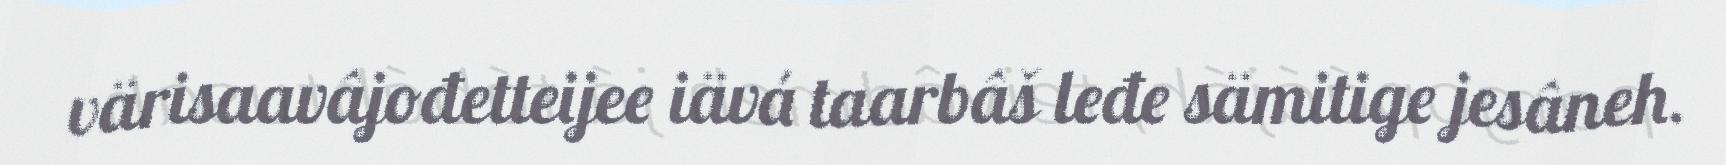
värisaavâjođetteijee iävá taarbâš leđe sämitige jesâneh.